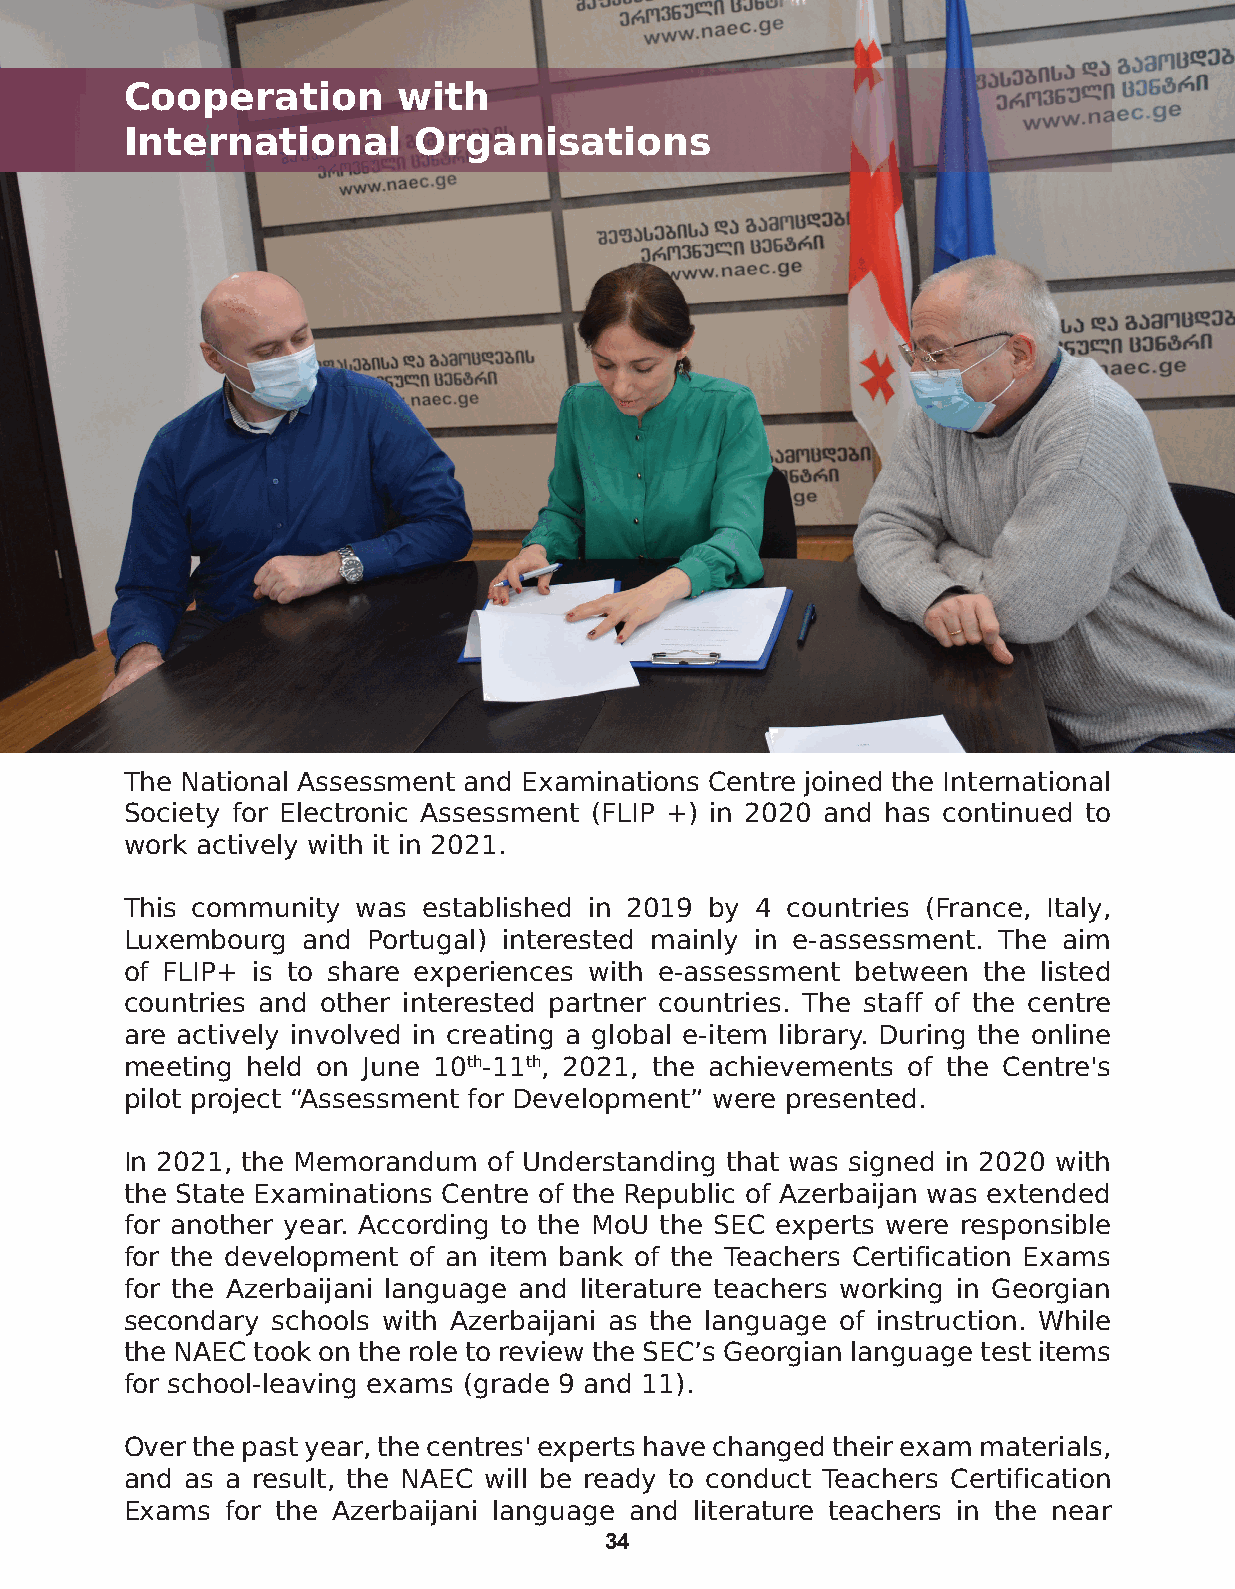
Cooperation       with
 International      Organisations
 The National Assessment and Examinations Centre joined the International
 Society for Electronic Assessment (FLIP +) in 2020 and has continued to
 work actively with it in 2021.
 This community was  established in 2019 by 4 countries (France, Italy,
 Luxembourg  and Portugal) interested mainly in e-assessment. The aim
 of FLIP+ is to share experiences with e-assessment between the listed
 countries and other interested partner countries. The staff of the centre
 are actively involved in creating a global e-item library. During the online
 meeting held on June 10th-11th, 2021, the achievements of the Centre's
 pilot project “Assessment for Development” were presented.
 In 2021, the Memorandum of Understanding that was signed in 2020 with
 the State Examinations Centre of the Republic of Azerbaijan was extended
 for another year. According to the MoU the SEC experts were responsible
 for the development of an item bank of the Teachers Certification Exams
 for the Azerbaijani language and literature teachers working in Georgian
 secondary schools with Azerbaijani as the language of instruction. While
 the NAEC took on the role to review the SEC’s Georgian language test items
 for school-leaving exams (grade 9 and 11).
 Over the past year, the centres' experts have changed their exam materials,
 and as a result, the NAEC will be ready to conduct Teachers Certification
 Exams  for the Azerbaijani language and literature teachers in the near
 34